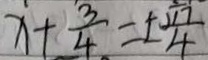
x + \frac { 3 } { 4 } = \pm \frac { \sqrt { 1 7 } } { 4 }